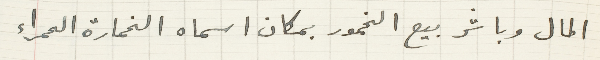
المال وباشر بيع الخمور بمكان اسماه الخمارة الحمراء